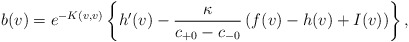
\begin{align*} b(v)=e^{-K(v,v)}\left\{h'(v)-\frac{\kappa}{c_{+0}-c_{-0}}\left(f(v)-h(v)+I(v)\right)\right\},\end{align*}